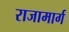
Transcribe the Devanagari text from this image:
राजामार्ग